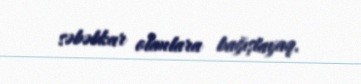
səbəbkar olanlara bağışlayaq.